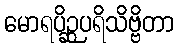
မောရပိဉ္ဆပရိသိဗ္ဗိတာ